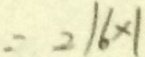
= 2 1 6 \times 1